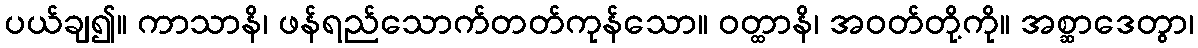
ပယ်ချ၍။ ကာသာနိ၊ ဖန်ရည်သောက်တတ်ကုန်သော။ ဝတ္ထာနိ၊ အဝတ်တို့ကို။ အစ္ဆာဒေတွာ၊